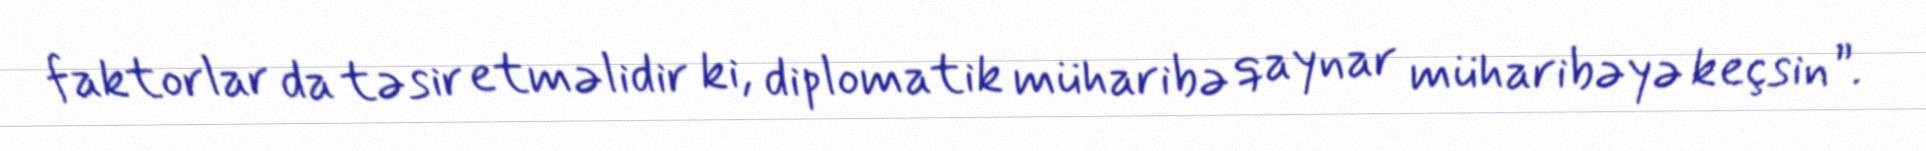
faktorlar da təsir etməlidir ki, diplomatik müharibə qaynar müharibəyə keçsin”.